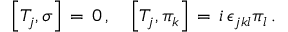
\left[ T _ { j } , \sigma \right] \, = \, 0 \, , \quad \left[ T _ { j } , \pi _ { k } \right] \, = \, i \, \epsilon _ { j k l } \pi _ { l } \, .